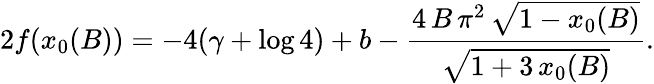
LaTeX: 2f(x_{0}(B))=-4(\gamma+\log 4)+b-\frac{4\, B\, {\pi}^{2}\, {\sqrt{1-x_{0}(B)}}}{{\sqrt{1+3\, x_{0}(B)}}}.